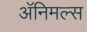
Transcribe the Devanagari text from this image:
अॅनिमल्स